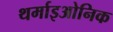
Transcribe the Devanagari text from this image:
थर्माइओनिक